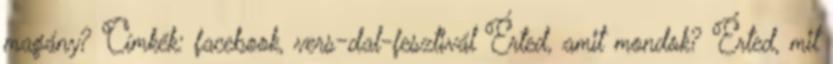
magány? Címkék: facebook, vers-dal-fesztivál Érted, amit mondok? Érted, mit